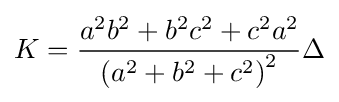
K={\frac {a^{2}b^{2}+b^{2}c^{2}+c^{2}a^{2}}{\left(a^{2}+b^{2}+c^{2}\right)^{2}}}\Delta